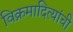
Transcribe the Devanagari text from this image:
विक्रमादित्यांची